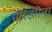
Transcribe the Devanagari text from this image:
ऍरिझोना